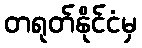
တရုတ်နိုင်ငံမှ